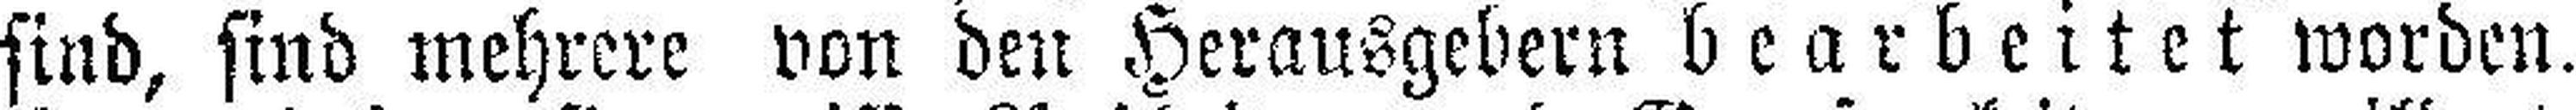
sind, sind mehrere von den Herausgebern bearbeitet worden.